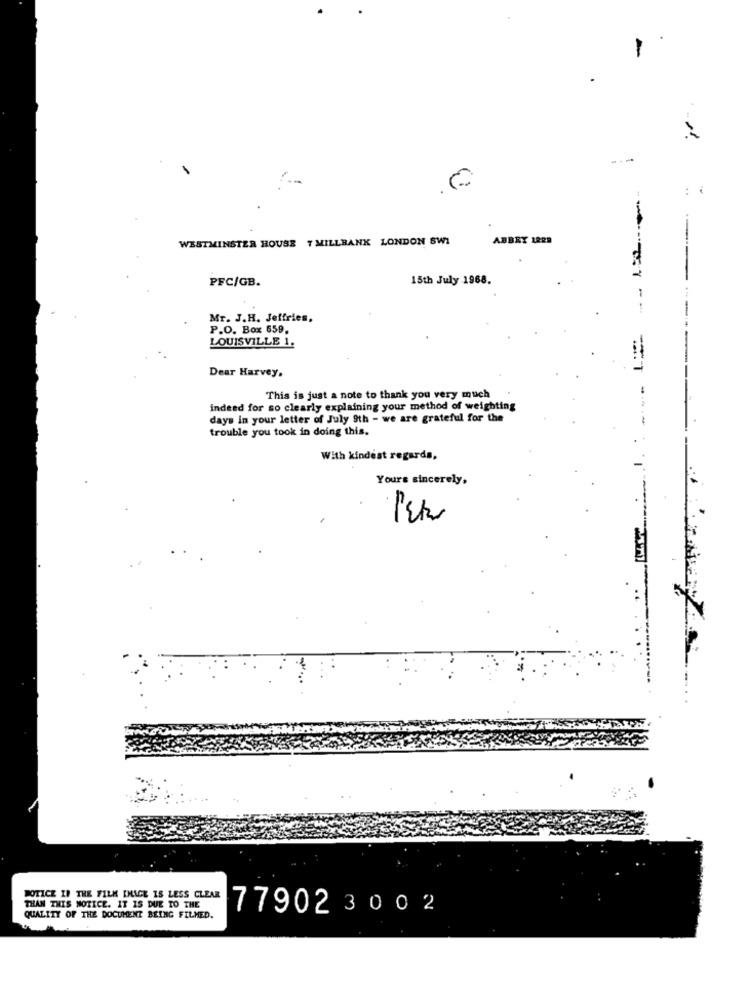
---
:
WESTMINSTER HOUSE 7 MILLBANK LONDON SWI
AUBRY IRR9
PFC/GB.
15th July 1968.
Mr. J.H. Jeffries,
P.O. Box 659.
LOUISVILLE 1.
Dear Harvey.
This is just a note to thank you very much
indeed for so clearly explaining your method of weighting
days in your letter of July 9th - we are grateful for the
trouble you took in doing this.
.-
With kindest regards,
Yours sincerely.
NOTICE IF THE FILM IMAGE IS LESS CLEAR
THAN THIS NOTICE. IT IS DUE TO THE
QUALITY OF THE DOCUMENT BEING FILMED.
77902 3002